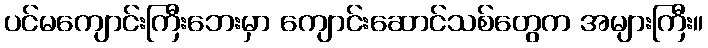
ပင်မကျောင်းကြီးဘေးမှာ ကျောင်းဆောင်သစ်တွေက အများကြီး။